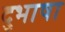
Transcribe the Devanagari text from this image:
दुभाषा